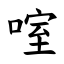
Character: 㗌